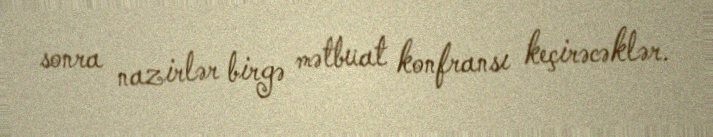
sonra nazirlər birgə mətbuat konfransı keçirəcəklər.